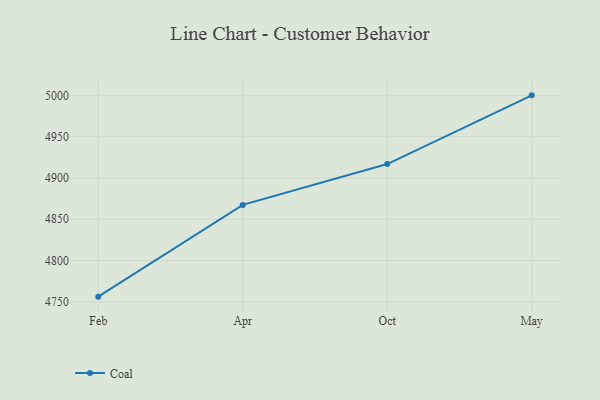
{"axis": {"x": "Month", "y": "Backlog"}, "legend": ["Coal"], "data": [{"x": "Feb", "y": 4756.3, "type": "Coal"}, {"x": "Apr", "y": 4867.4, "type": "Coal"}, {"x": "Oct", "y": 4916.8, "type": "Coal"}, {"x": "May", "y": 5000, "type": "Coal"}]}